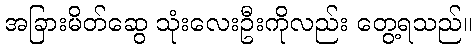
အခြားမိတ်ဆွေ သုံးလေးဦးကိုလည်း တွေ့ရသည်။